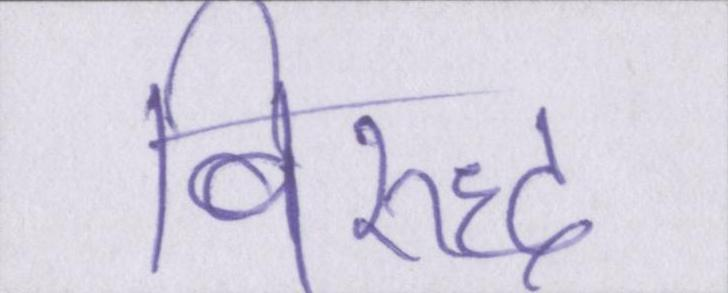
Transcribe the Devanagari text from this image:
विरुद्ध